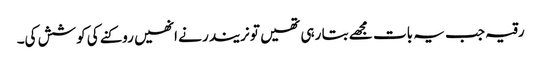
رقیہ جب یہ بات مجھے بتا رہی تھیں تو نریندر نے انھیں روکنے کی کوشش کی۔